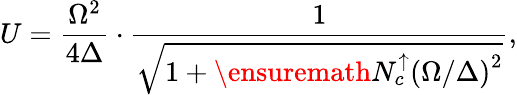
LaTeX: U=\frac{\Omega^{2}}{4\Delta}\cdot\frac{1}{\sqrt{1+\ensuremath{N_{c}^{\uparrow}}\left(\Omega/\Delta\right)^{2}}},